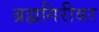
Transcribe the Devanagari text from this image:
ब्रह्मगिरीवर